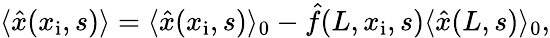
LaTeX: \begin{array}{r}{\langle\hat{x}(x_{\mathrm{i}},s)\rangle=\langle\hat{x}(x_{\mathrm{i}},s)\rangle_{0}-\hat{f}(L,x_{\mathrm{i}},s)\langle\hat{x}(L,s)\rangle_{0},}\end{array}